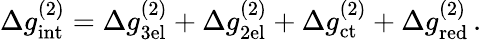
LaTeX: \Delta g_{\mathrm{int}}^{(2)}=\Delta g_{\mathrm{3el}}^{(2)}+\Delta g_{\mathrm{2el}}^{(2)}+\Delta g_{\mathrm{ct}}^{(2)}+\Delta g_{\mathrm{red}}^{(2)}\, .